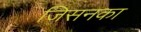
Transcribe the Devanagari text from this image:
जिसनका